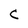
Character: C